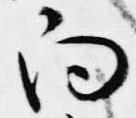
向